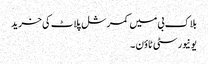
بلاک بی میں کمرشل پلاٹ کی خرید
یونیورسٹی ٹاؤن ۔